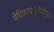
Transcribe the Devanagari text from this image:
वेदिकाचतुर्वर्णयुता